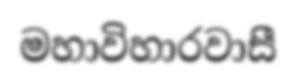
මහාවිහාරවාසී